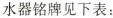
水器铭牌见下表：